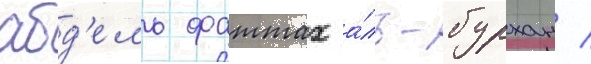
абд'ель фаттах а́ль-бурхан /